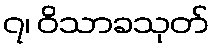
၇၊ ဝိသာခသုတ်